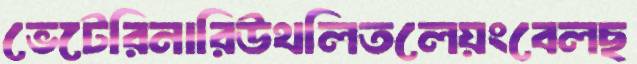
ভেটেরিনারিউথলিতলেয়ংবেলছ